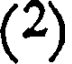
(2)